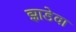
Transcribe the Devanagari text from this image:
झाडेवा